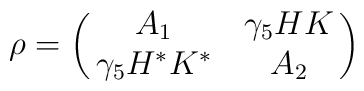
\rho = \left ( \matrix { A_1 & \gamma _5 H K \cr \gamma _5 H^* K^* & A_2 }\right )